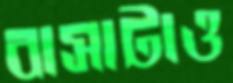
বাসাটাও